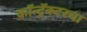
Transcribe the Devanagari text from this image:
कॉन्ट्रॅक्टरचा